Serum-therapy of plague in India - Number 20
Disease focus: Plague
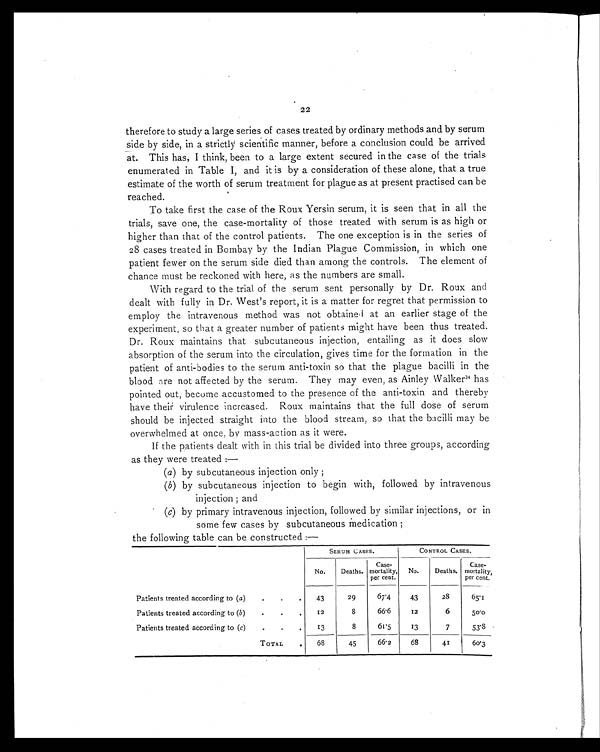
22
therefore to study a large series of cases treated by ordinary methods and by serum
side by side, in a strictly scientific manner, before a conclusion could be arrived
at. This has, I think, been to a large extent secured in the case of the trials
enumerated in Table I, and it is by a consideration of these alone, that a true
estimate of the worth of serum treatment for plague as at present practised can be
reached.
To take first the case of the Roux Yersin serum, it is seen that in all the
trials, save one, the case-mortality of those treated with serum is as high or
higher than that of the control patients. The one exception is in the series of
28 cases treated in Bombay by the Indian Plague Commission, in which one
patient fewer on the serum side died than among the controls. The element of
chance must be reckoned with here, as the numbers are small.
With regard to the trial of the serum sent personally by Dr. Roux and
dealt with fully in Dr. West's report, it is a matter for regret that permission to
employ the intravenous method was not obtained at an earlier stage of the
experiment, so that a greater number of patients might have been thus treated.
Dr. Roux maintains that subcutaneous injection, entailing as it does slow
absorption of the serum into the circulation, gives time for the formation in the
patient of anti-bodies to the serum anti-toxin so that the plague bacilli in the
blood are not affected by the serum. They may even, as Ainley Walker 34 has
pointed out, become accustomed to the presence of the anti-toxin and thereby
have their virulence increased. Roux maintains that the full dose of serum
should be injected straight into the blood stream, so that the bacilli may be
overwhelmed at once, by mass-action as it were.
If the patients dealt with in this trial be divided into three groups, according
as they were treated :
—
(a) by subcutaneous injection only ;
(b) by subcutaneous injection to begin with, followed by intravenous
injection ; and
(c) by primary intravenous injection, followed by similar injections, or in
some few cases by subcutaneous Medication ;
the following table can be constructed :—
SERUM CASES.
CONTROL CASES.
No.
Deaths.
Case-
mortality,
per cent.
No.
Deaths.
Case-
mortality,
per cent.
Patients treated according to ( a)
.
.
.
43
29
67.4
43
28
65.1
Patients treated according to ( b )
.
.
.
12
8
66.6
12
6
50.0
Patients treated according to ( c)
.
.
13
8
61.5
13
7
53.8
TOTAL
.
68
45
66.2
68
41
60.3